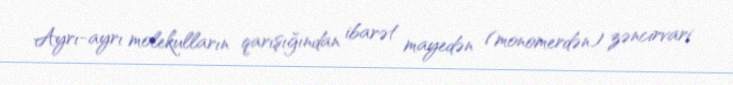
Ayrı-ayrı molekulların qarışığından ibarət mayedən (monomerdən) zəncirvari